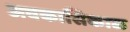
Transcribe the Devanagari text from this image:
अवकासिकाळ